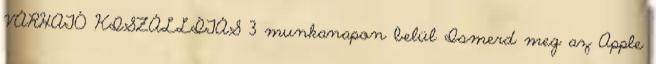
VÁRHATÓ KISZÁLLÍTÁS 3 munkanapon belül Ismerd meg az Apple